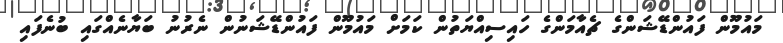
މައުމޫން ފައުންޑޭޝަންގެ ޗެއާމަންގެ ހައިސިއްޔަތުން ކަމަށް މައުމޫން ފައުންޑޭޝަނުން ނެރުނު ބަޔާނެއްގައި ބުނެފައި